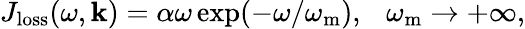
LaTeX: \begin{array}{r}{J_{\mathrm{loss}}(\omega,\mathbf{k})=\alpha\omega\exp(-\omega/\omega_{\mathrm{m}}),~~~\omega_{\mathrm{m}}\rightarrow+\infty,}\end{array}